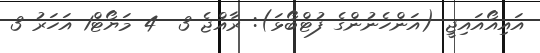
އައިއޯއައިޖީ (އަންހެނުންގެ ފުޓްބޯޅަ): ރާއްޖެ 3  4 މަޔޯޓް1 އަހަރު 3